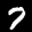
Label: 7